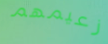
زعيمهم